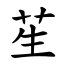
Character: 苼